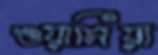
ওয়াসিয়া